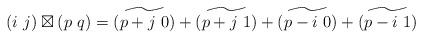
LaTeX: \begin{align*}\left(i\ j\right)\boxtimes\left(p\ q\right)=\widetilde{\left(p+j\ 0\right)}+\widetilde{\left(p+j\ 1\right)}+\widetilde{\left(p-i\ 0\right)}+\widetilde{\left(p-i\ 1\right)}\end{align*}